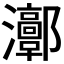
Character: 𤅝